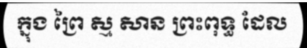
ក្នុង ព្រៃ ស្ម សាន ព្រះពុទ្ធ ដែល